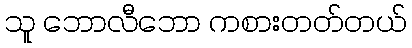
သူ ဘောလီဘော ကစားတတ်တယ်